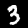
Label: 3